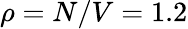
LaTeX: \rho=N/V=1.2